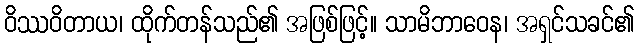
ဝိဿဝိတာယ၊ ထိုက်တန်သည်၏ အဖြစ်ဖြင့်။ သာမိဘာဝေန၊ အရှင်သခင်၏